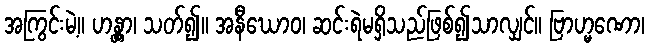
အကြွင်းမဲ့။ ဟန္တွာ၊ သတ်၍။ အနီဃောဝ၊ ဆင်းရဲမရှိသည်ဖြစ်၍သာလျှင်။ ဗြာဟ္မဏော၊